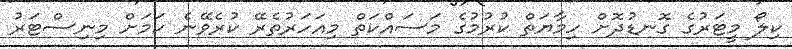
ކިލޯ މީޓަރުގެ ގޮނޑުދޮށް ހިމާޔަތް ކުރުމުގެ މަސައްކަތް މިއަހަރުތެރޭ ކުރެވޭނެ ކަމަށް މިނިސްޓަރު